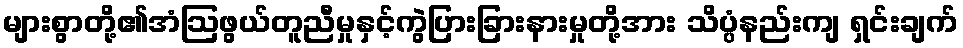
များစွာတို့၏အံဩဖွယ်တူညီမှုနှင့်ကွဲပြားခြားနားမှုတို့အား သိပ္ပံနည်းကျ ရှင်းချက်